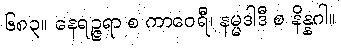
၆၈၃။ နေရဉ္ဇရာ စ ကာဝေရီ၊ နမ္မဒါဒီ စ နိန္နဂါ။